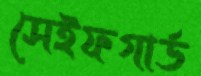
সেইফগার্ড